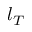
l _ { T }